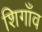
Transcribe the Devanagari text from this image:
शिगाँव